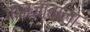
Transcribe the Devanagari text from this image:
गानजावाला